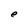
Character: e